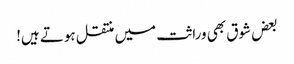
بعض شوق بھی وراثت میں منتقل ہوتے ہیں!